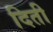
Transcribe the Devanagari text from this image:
दिती